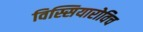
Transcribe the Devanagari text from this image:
विस्सियारोविच